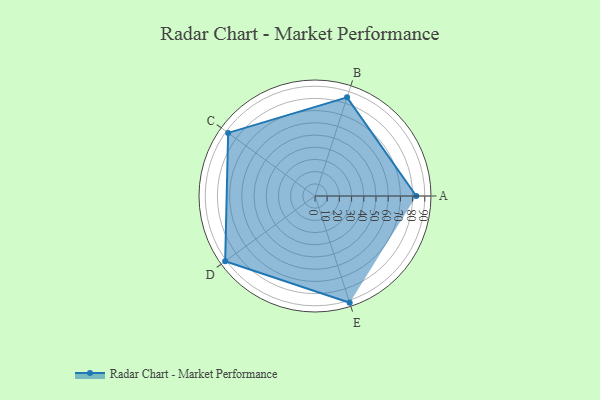
{"axis": {"x": "Skill", "y": "Score"}, "legend": ["Profile"], "data": [{"x": "A", "y": 83.0, "type": "Profile"}, {"x": "B", "y": 85.0, "type": "Profile"}, {"x": "C", "y": 88.0, "type": "Profile"}, {"x": "D", "y": 91.0, "type": "Profile"}, {"x": "E", "y": 92.0, "type": "Profile"}]}